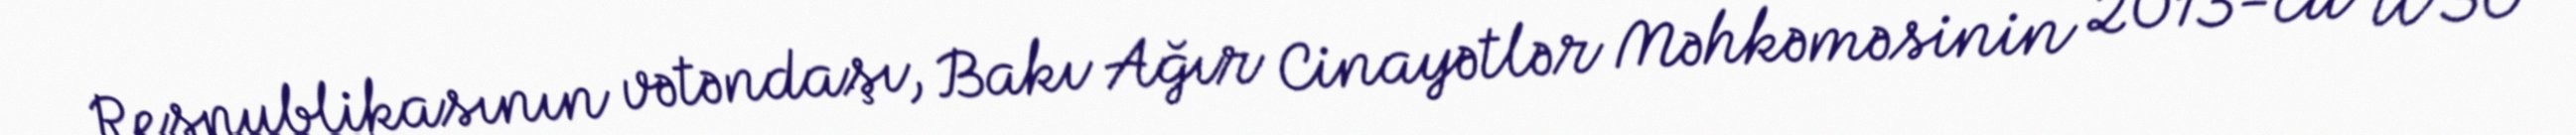
Respublikasının vətəndaşı, Bakı Ağır Cinayətlər Məhkəməsinin 2013-cü il 30